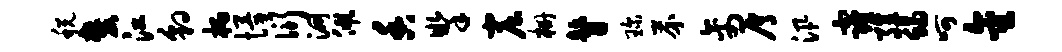
税麓江豹柄慢衍洞佩香掣窟栅瞽琛芥禽屑汛窿殖蝎呵金